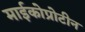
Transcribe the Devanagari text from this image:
माईकोप्रोटीन